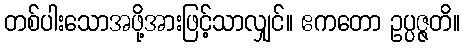
တစ်ပါးသောအဖို့အားဖြင့်သာလျှင်။ ဧကတော ဥပ္ပဇ္ဇတိ။